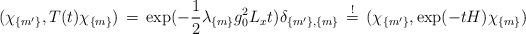
LaTeX: \begin{align*}(\chi_{\{m'\}},T(t)\chi_{\{m\}})\, = \, \exp(-\frac{1}{2}\lambda_{\{m\}} g_0^2 L_x t)\delta_{\{m'\},\{m\}}\, \stackrel{!}{=}\, (\chi_{\{m'\}}, \exp(-t H)\chi_{\{m\}})\end{align*}